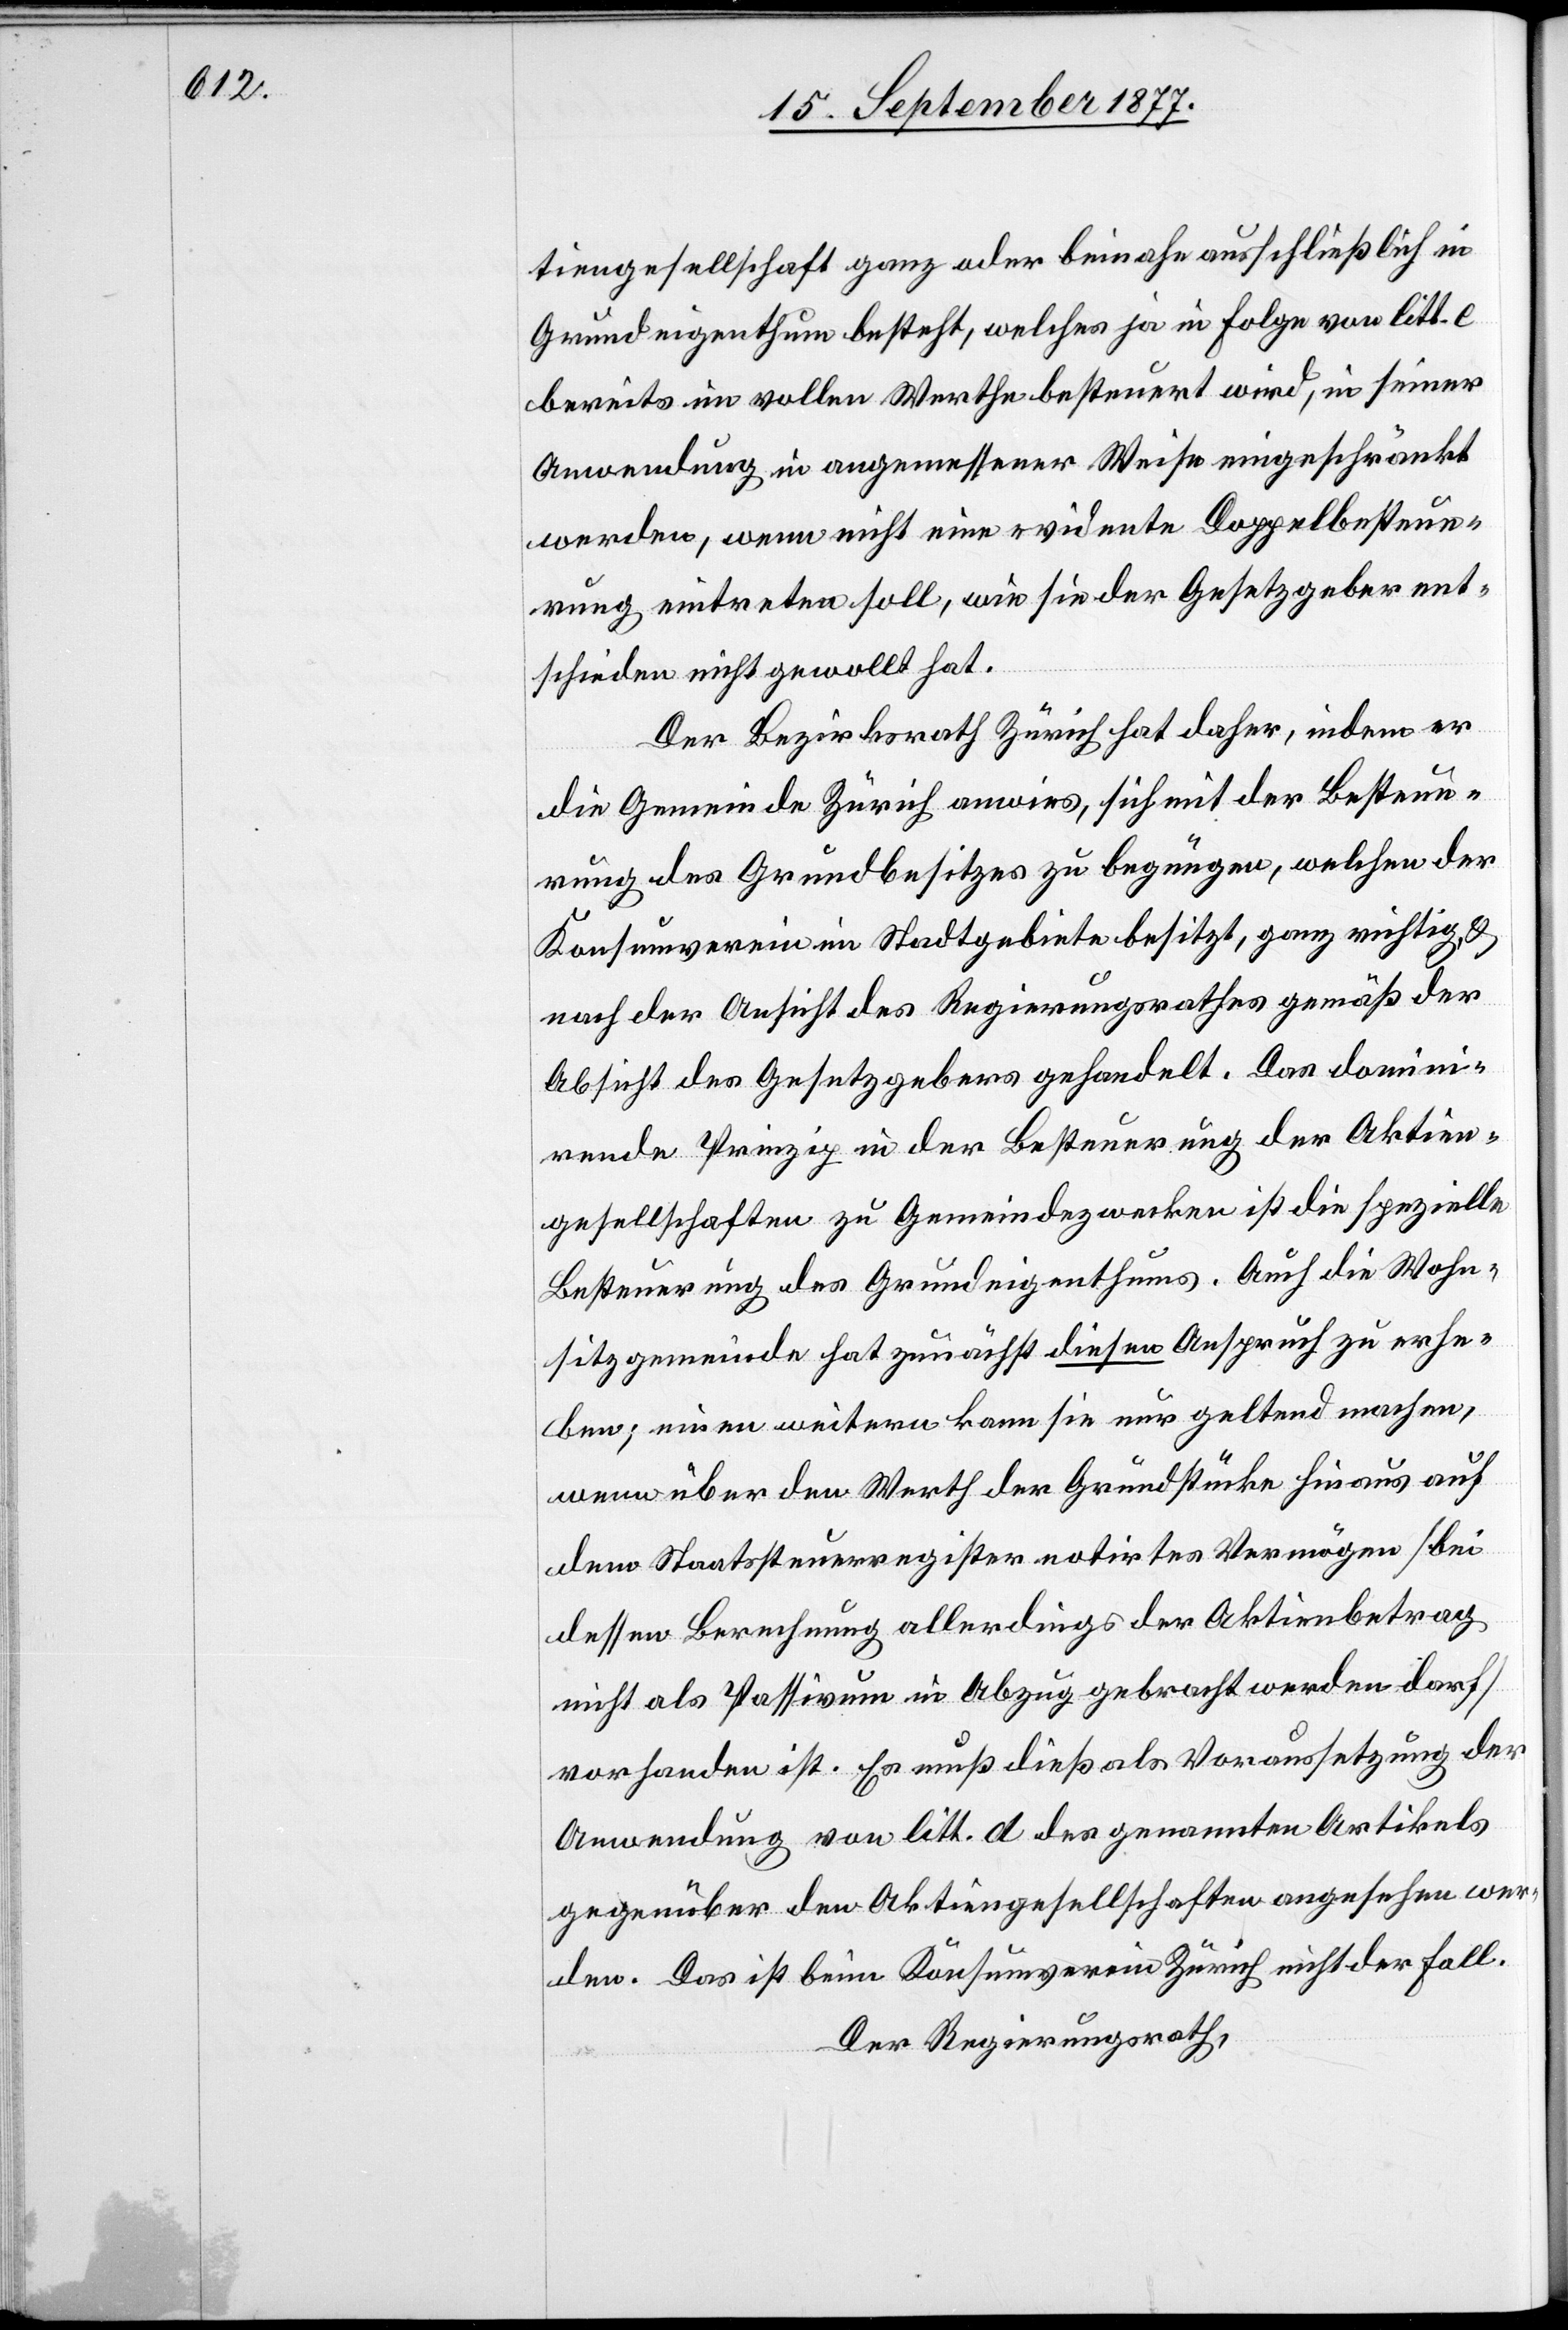
tiengesellschaft ganz oder beinahe ausschließlich in
Grundeigenthum besteht, welches ja in Folge von litt. e
bereits im vollen Werthe besteuert wird, in seiner
Anwendung in angemessener Weise eingeschränkt
werden, wenn nicht eine evidente Doppelbesteue¬
rung eintreten soll, wie sie der Gesetzgeber ent¬
schieden nicht gewollt hat.
Der Bezirksrath Zürich hat daher, indem er
die Gemeinde Zürich anwies, sich mit der Besteue¬
rung des Grundbesitzes zu begnügen, welchen der
Konsumverein im Stadtgebiete besitzt, ganz richtig, &
nach der Ansicht des Regierungsrathes gemäß der
Absicht des Gesetzgebers gehandelt. Das domini¬
rende Prinzip in der Besteuerung der Aktien¬
gesellschaften zu Gemeindezwecken ist die spezielle
Besteuerung des Grundeigenthums. Auch die Wohn¬
sitzgemeinde hat zunächst diesen Anspruch zu erhe¬
ben; einen weitern kann sie nur geltend machen,
wenn über den Werth der Grundstücke hinaus auf
dem Staatssteuerregister notirtes Vermögen [bei
dessen Berechnung allerdings der Aktienbetrag
nicht als Passivum in Abzug gebracht werden darf]
vorhanden ist. Es muß dieß als Voraussetzung der
Anwendung von litt. d des genannten Artikels
gegenüber den Aktiengesellschaften angesehen wer¬
den. Das ist beim Konsumverein Zürich nicht der Fall.
Der Regierungsrath,